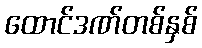
ထောင်ဒဏ်တစ်နှစ်